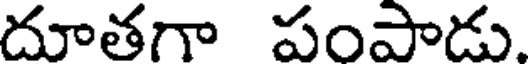
దూతగా పంపాడు.